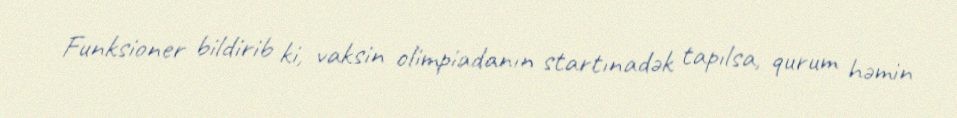
Funksioner bildirib ki, vaksin olimpiadanın startınadək tapılsa, qurum həmin